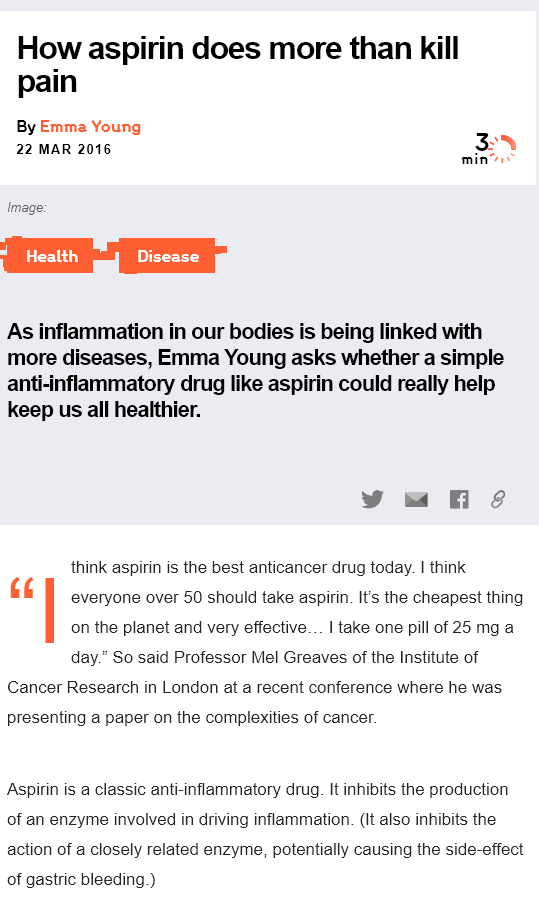
How aspirin    does    more    than kill
   pain
   By Emma Young
   22 MAR 2016
    Play    faye tt
  Image:
  As inflammation  in   our bodies is  being  linked  with
  more  diseases,   Emma  Young   asks    whether a   simple
  anti-inflammatory   drug like  aspirin could   really help
  keep us all healthier.
     think aspirin is the best anticancer drug today. | think
  66
  J)
     everyone over 50 should take aspirin. Its the cheapest thing
     on the planet and very effective... | take one pill of 25 mg a
     day.” So said Professor Mel Greaves of the Institute of
  Cancer Research in London at a recent conference where he was
  presenting a paper on the complexities of cancer.
  Aspirin is a classic anti-inflammatory drug. It inhibits the production
  of an enzyme involved in driving inflammation. (It also inhibits the
  action of a closely related enzyme, potentially causing the side-effect
  of gastric bleeding.)